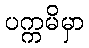
ပက္ကမိမှာ